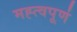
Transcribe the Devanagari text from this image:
मह्त्वपूण॑